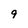
Character: 9